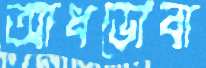
আধডোবা